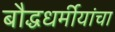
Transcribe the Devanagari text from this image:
बौद्धधर्मीयांचा